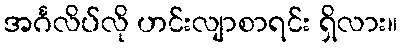
အင်္ဂလိပ်လို ဟင်းလျာစာရင်း ရှိလား။